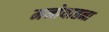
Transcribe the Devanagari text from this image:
मनोयातना